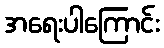
အရေးပါကြောင်း